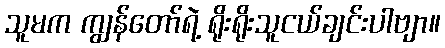
သူမက ကျွန်တော်ရဲ့ ရိုးရိုးသူငယ်ချင်းပါဗျာ။